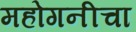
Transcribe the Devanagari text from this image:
महोगनीचा